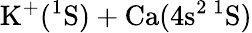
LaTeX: \mathrm{K}^{+}(^{1}\mathrm{S})+\mathrm{Ca}(4\mathrm{s}^{2}\, ^{1}\mathrm{S})